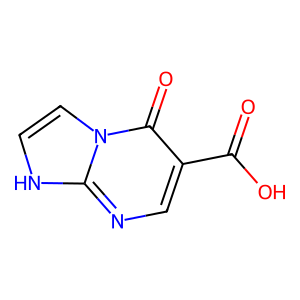
SMILES: O=C(O)c1cnc2[nH]ccn2c1=O
Inhibits HIV replication: No